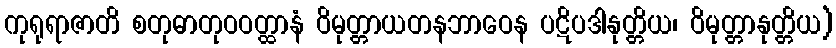
ကုရုရာဇာတိ စတုဓာတုဝဝတ္ထာနံ ဝိမုတ္တာယတနဘာဝေန ပဋိပဒါနုတ္တိယ၊ ဝိမုတ္တာနုတ္တိယ)